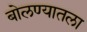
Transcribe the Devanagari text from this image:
बोलण्यातला